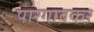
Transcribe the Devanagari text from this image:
पारगावकर